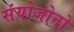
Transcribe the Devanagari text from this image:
संयोजोनो